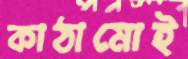
কাঠামোই